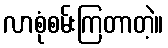
လာစုံစမ်းကြတာတဲ့။